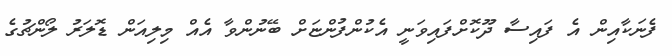
ފެނަކާއިން އެ ފައިސާ ދޫކޮށްފައިވަނީ އެކުންފުންޏަށް ބޭނުންވާ އެއް މިލިއަން ޑޮލަރު ލޯންޗުގެ